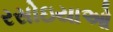
રસોઇયાઓ